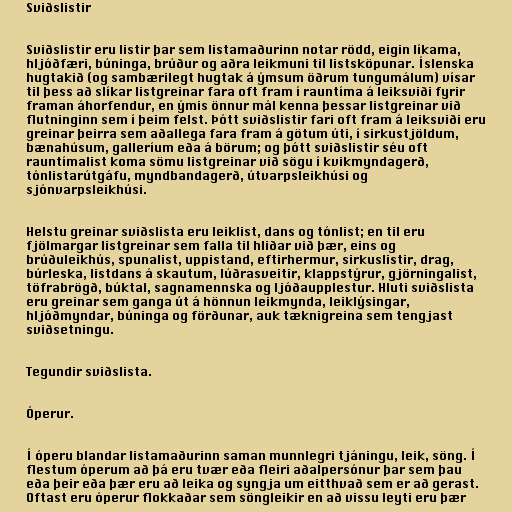
Sviðslistir

Sviðslistir eru listir þar sem listamaðurinn notar rödd, eigin líkama,
hljóðfæri, búninga, brúður og aðra leikmuni til listsköpunar. Íslenska
hugtakið (og sambærilegt hugtak á ýmsum öðrum tungumálum) vísar
til þess að slíkar listgreinar fara oft fram í rauntíma á leiksviði fyrir
framan áhorfendur, en ýmis önnur mál kenna þessar listgreinar við
flutninginn sem í þeim felst. Þótt sviðslistir fari oft fram á leiksviði eru
greinar þeirra sem aðallega fara fram á götum úti, í sirkustjöldum,
bænahúsum, galleríum eða á börum; og þótt sviðslistir séu oft
rauntímalist koma sömu listgreinar við sögu í kvikmyndagerð,
tónlistarútgáfu, myndbandagerð, útvarpsleikhúsi og
sjónvarpsleikhúsi.

Helstu greinar sviðslista eru leiklist, dans og tónlist; en til eru
fjölmargar listgreinar sem falla til hliðar við þær, eins og
brúðuleikhús, spunalist, uppistand, eftirhermur, sirkuslistir, drag,
búrleska, listdans á skautum, lúðrasveitir, klappstýrur, gjörningalist,
töfrabrögð, búktal, sagnamennska og ljóðaupplestur. Hluti sviðslista
eru greinar sem ganga út á hönnun leikmynda, leiklýsingar,
hljóðmyndar, búninga og förðunar, auk tæknigreina sem tengjast
sviðsetningu.

Tegundir sviðslista.

Óperur.

Í óperu blandar listamaðurinn saman munnlegri tjáningu, leik, söng. Í
flestum óperum að þá eru tvær eða fleiri aðalpersónur þar sem þau
eða þeir eða þær eru að leika og syngja um eitthvað sem er að gerast.
Oftast eru óperur flokkaðar sem söngleikir en að vissu leyti eru þær